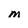
Character: M